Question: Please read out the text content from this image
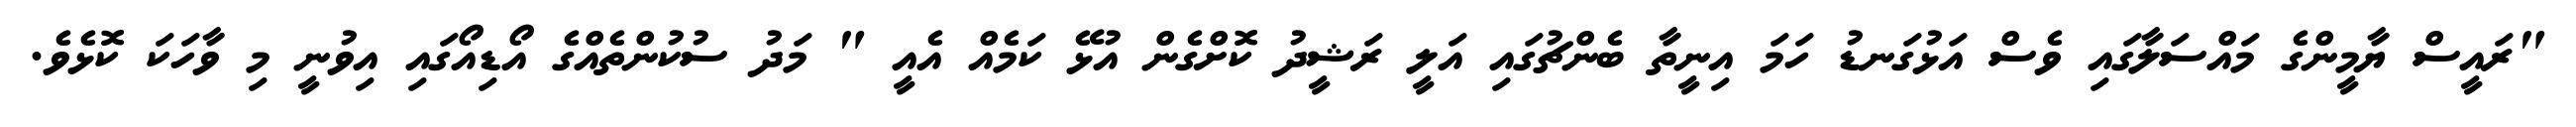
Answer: "ރައީސް ޔާމީންގެ މައްސަލާގައި ވެސް އަޅުގަނޑު ހަމަ އިނީތާ ބެންޗުގައި އަލީ ރަޝީދު ކޮށްގެން އުޅޭ ކަމެއް އެއީ " މަދު ސުކުންތެއްގެ އޯޑިއޯގައި އިވުނީ މި ވާހަކަ ކޮޅެވެ.